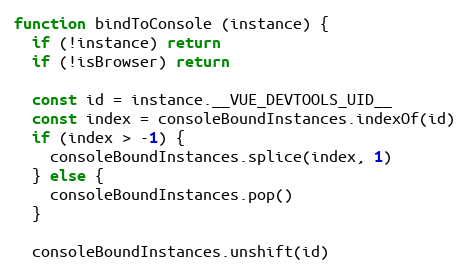
Language: JavaScript
function bindToConsole (instance) {
  if (!instance) return
  if (!isBrowser) return

  const id = instance.__VUE_DEVTOOLS_UID__
  const index = consoleBoundInstances.indexOf(id)
  if (index > -1) {
    consoleBoundInstances.splice(index, 1)
  } else {
    consoleBoundInstances.pop()
  }

  consoleBoundInstances.unshift(id)